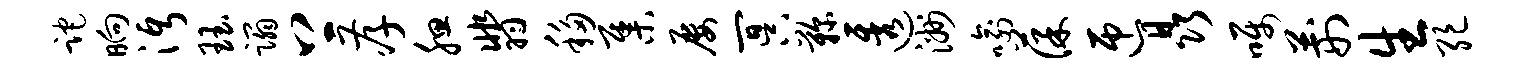
跎晌沔珏蹋上孝腮翡移集屡冥鞠透洲喻葆匝晶嘱荆生绝